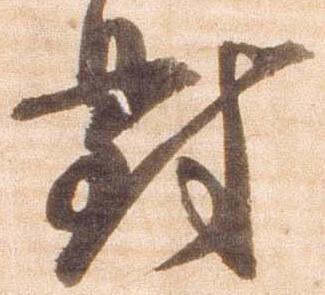
対